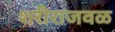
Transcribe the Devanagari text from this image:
शरीराजवळ